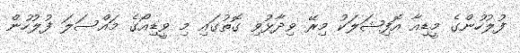
ފުލުހުންގެ މީޑިއާ އޮފިޝަލަކު މިރޭ ވިދާޅުވި ގޮތުގައި މި ވީޑިއޯގެ މައްސަލަ ފުލުހުން